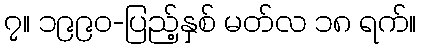
၇။ ၁၉၉၀-ပြည့်နှစ် မတ်လ ၁၈ ရက်။